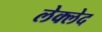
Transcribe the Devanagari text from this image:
लेक्लेद